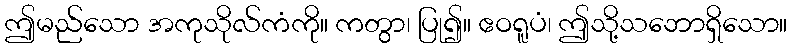
ဤမည်သော အကုသိုလ်ကံကို။ ကတွာ၊ ပြု၍။ ဧဝရူပံ၊ ဤသို့သဘောရှိသော။